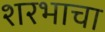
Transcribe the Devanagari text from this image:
शरभाचा